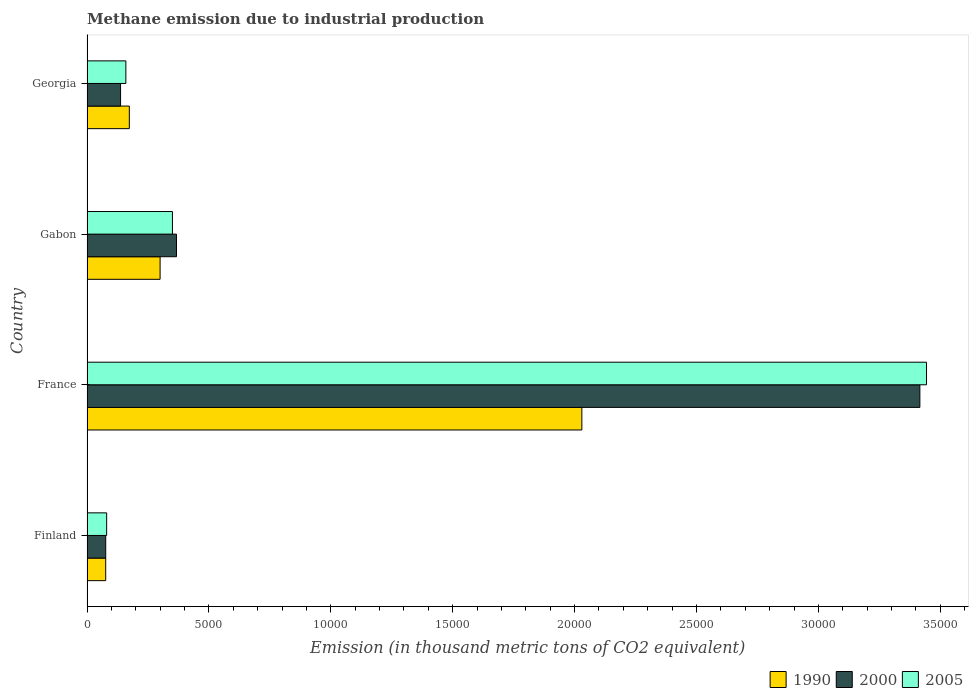
| Country | 1990 | 2000 | 2005 |
 | --- | --- | --- | --- |
 | Finland | 768 | 768 | 807 |
 | France | 2.03e+04 | 3.42e+04 | 3.44e+04 |
 | Gabon | 3e+03 | 3.67e+03 | 3.5e+03 |
 | Georgia | 1.74e+03 | 1.38e+03 | 1.59e+03 |